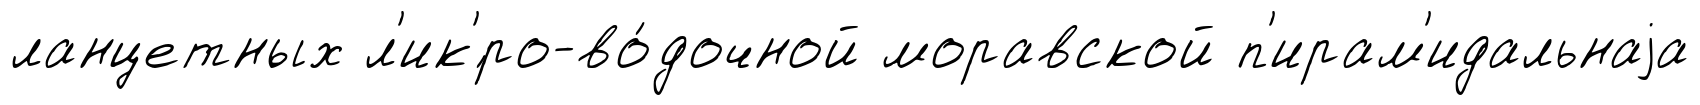
ланцетных л'ик'́ро-во́дочной моравской п'ирам'идальнаjа